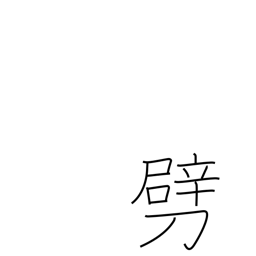
Meaning: break